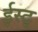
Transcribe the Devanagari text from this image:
ईस्ट्